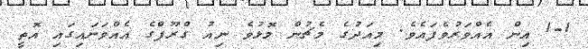
1-1 އިން އެއްވަރުވެފައެވެ. މިއަދުގެ މެޗުން މޮޅުވެ ނިއު ގްރޫޕްގެ އެއްވަނަައިގައި އޮތީ